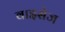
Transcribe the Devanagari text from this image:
वाइसेज